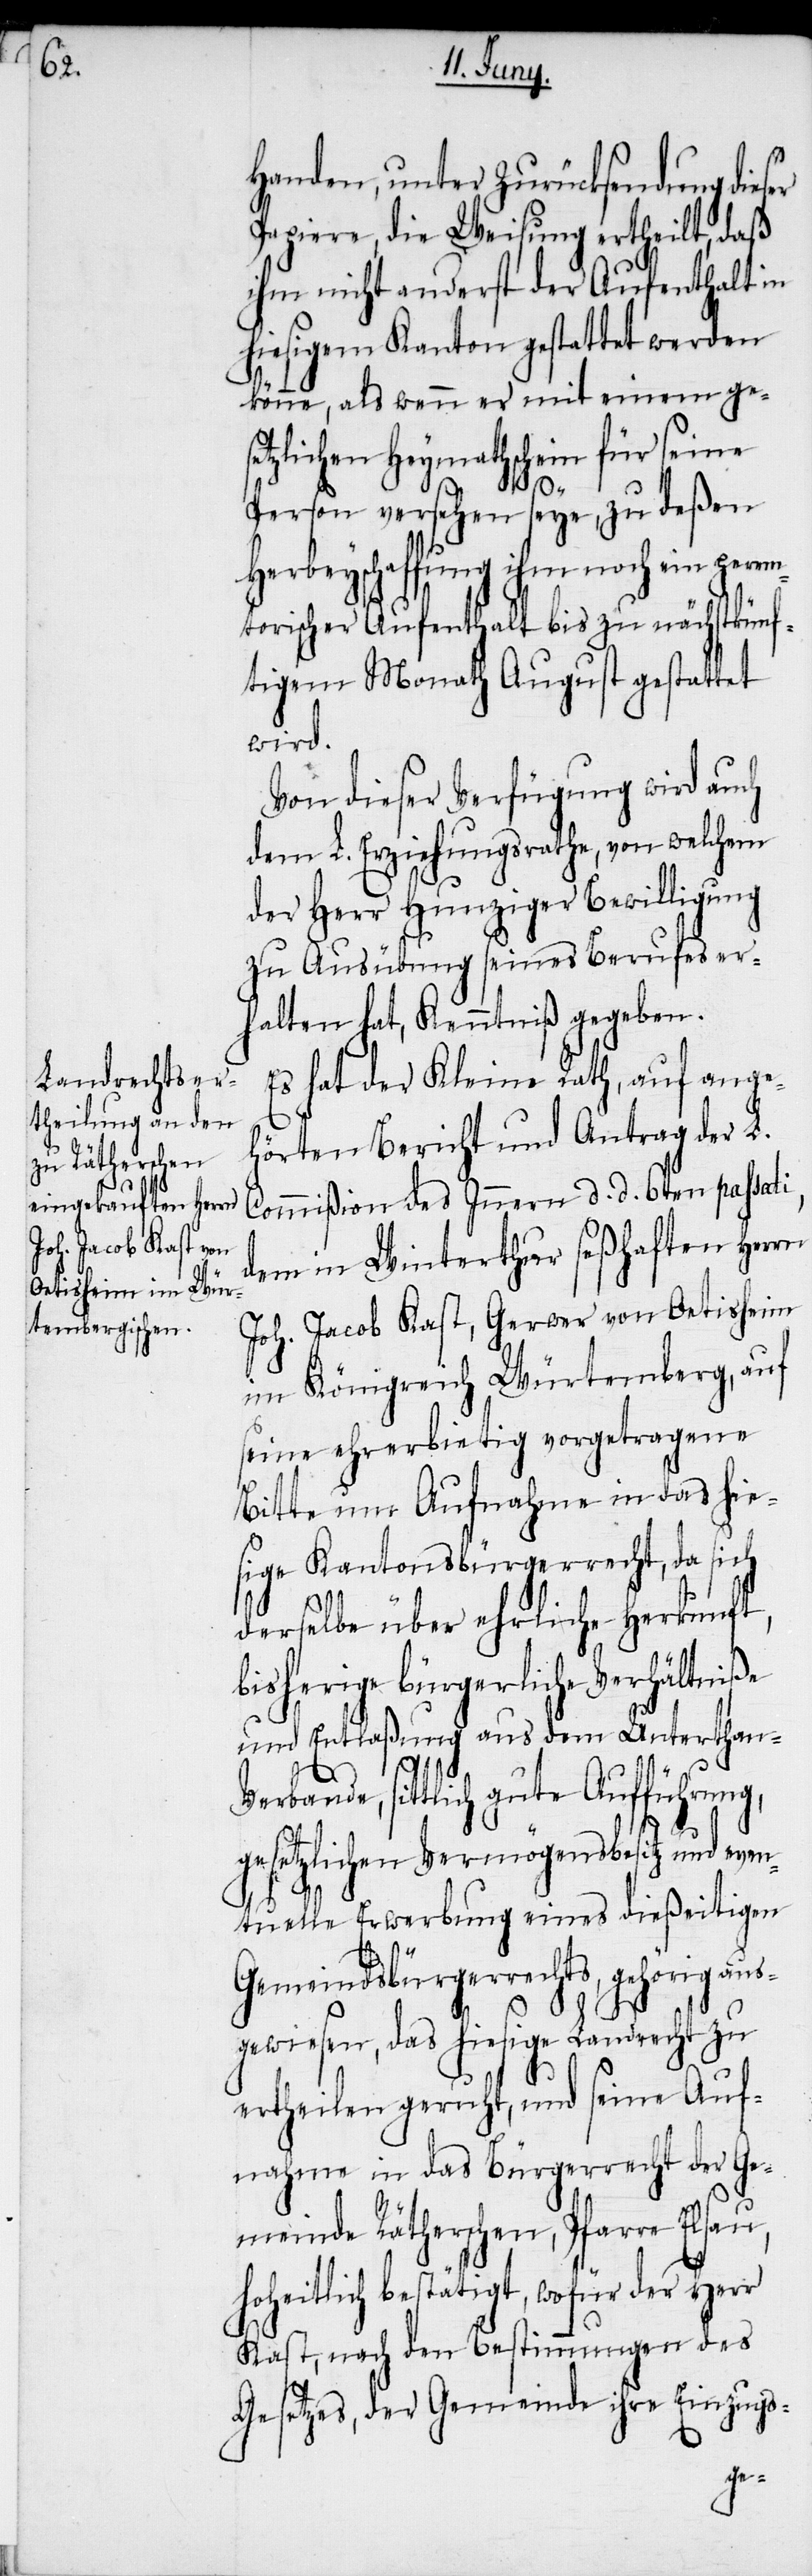
Handen, unter Zurücksendung dieser
Papiere, die Weisung ertheilt, daß
ihm nicht anderst der Aufenthalt in
hiesigem Kanton gestattet werden
könne, als wenn er mit einem ge¬
setzlichen Heymathschein für seine
Person versehen seye, zu deßen
Herbeyschaffung ihm noch ein perem¬
torischer Aufenthalt bis zu nächstkünf¬
tigem Monath August gestattet
wird.
Von dieser Verfügung wird auch
dem L. Erziehungsrathe, von welchem
der Herr Hunziger Bewilligung
zu Ausübung seines Berufes er¬
halten hat, Kenntniß gegeben.
Es hat der Kleine Rath, auf ange¬
hörten Bericht und Antrag der L.
Commißion des Innern d. d. 6ten passati,
dem in Winterthur seßhaften Herrn
Joh. Jacob Kast, Gerwer von Oetisheim
im Königreich Würtemberg, auf
seine ehrerbietig vorgetragene
Bitte um Aufnahme in das hie¬
sige Kantonsbürgerrecht, da sich
derselbe über ehrliche Herkunft,
bisherige bürgerliche Verhältniße
und Entlaßung aus dem Unterthan-V¬
erbande, sittlich gute Aufführung,
gesetzlichen Vermögensbesitz und even¬
tuelle Erwerbung eines dießeitigen
Gemeindsbürgerrechts, gehörig aus¬
gewiesen, das hiesige Landrecht zu
ertheilen geruht, und seine Auf¬
nahme in das Bürgerrecht der Ge¬
meinde Rätherschen, Pfarre Elsau,
hoheitlich bestätigt, wofür der Herr
Kast, nach den Bestimmungen des
Gesetzes, der Gemeinde ihre Einzugs-